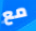
مع